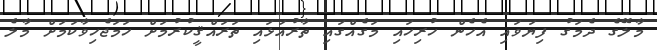
މާލޭގެ ދެމަގު ފިޔަވައި އެހެން ހުރިހައި މަގެއްގައި ތާރުއަޅައި ތަރައްޤީކުރުމަށް ހަމަޖެހިވާކަމަށް މާލެ